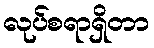
လုပ်စရာရှိတာ